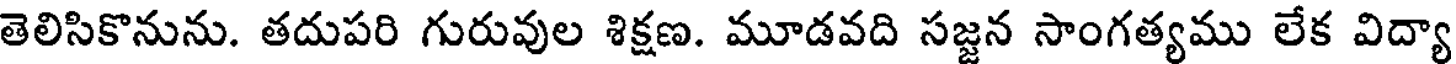
తెలిసికొనును. తదుపరి గురువుల శిక్షణ. మూడవది సజ్జన సాంగత్యము లేక విద్యా